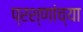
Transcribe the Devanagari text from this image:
प्रश्णांच्या